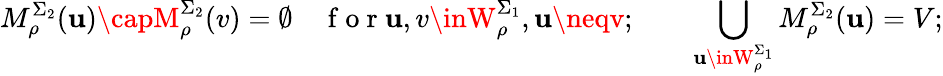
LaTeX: M_{\rho}^{\Sigma_{2}}(\mathbf{u})\capM_{\rho}^{\Sigma_{2}}(v)=\emptyset\quad\mathrm{{~f~o~r~}}\mathbf{u},v\inW_{\rho}^{\Sigma_{1}},\mathbf{u}\neqv;\qquad\bigcup_{\mathbf{u}\inW_{\rho}^{\Sigma_{1}}}M_{\rho}^{\Sigma_{2}}(\mathbf{u})=V;